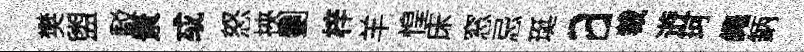
樊盥駁景㦯怒挾劉梓羊惶床窓忌珽a裁逰珂繩鈵